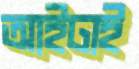
আইঢাই